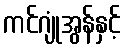
ကင်ဂျုံအွန်နှင့်